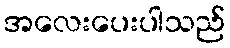
အလေးပေးပါသည်